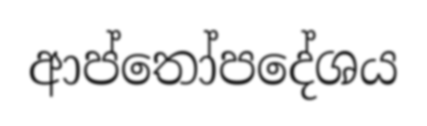
ආප්තෝපදේශය